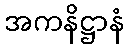
အကနိဋ္ဌာနံ